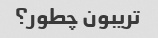
تریبون چطور؟